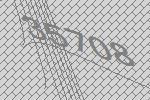
35708